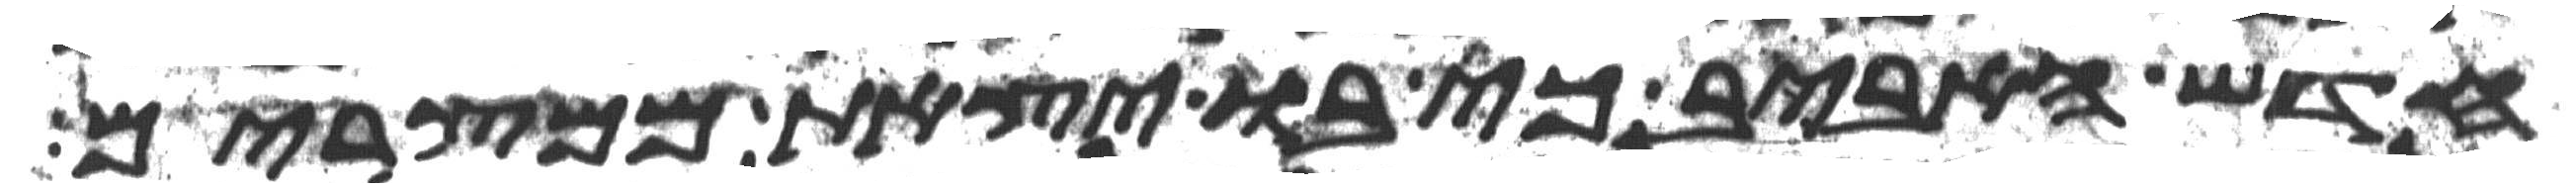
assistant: חדש האביב כי בו יצאת ממצרים